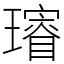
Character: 𤪓